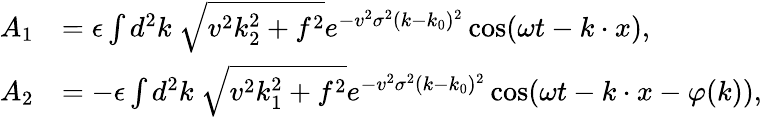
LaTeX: \begin{array}{rl}{A_{1}}&{=\epsilon\int d^{2}k\ {\sqrt{v^{2}k_{2}^{2}+f^{2}}}e^{-v^{2}\sigma^{2}(k-k_{0})^{2}}\cos(\omega t-k\cdot x),}\\ {A_{2}}&{=-\epsilon\int d^{2}k\ {\sqrt{v^{2}k_{1}^{2}+f^{2}}}e^{-v^{2}\sigma^{2}(k-k_{0})^{2}}\cos(\omega t-k\cdot x-\varphi(k)),}\end{array}